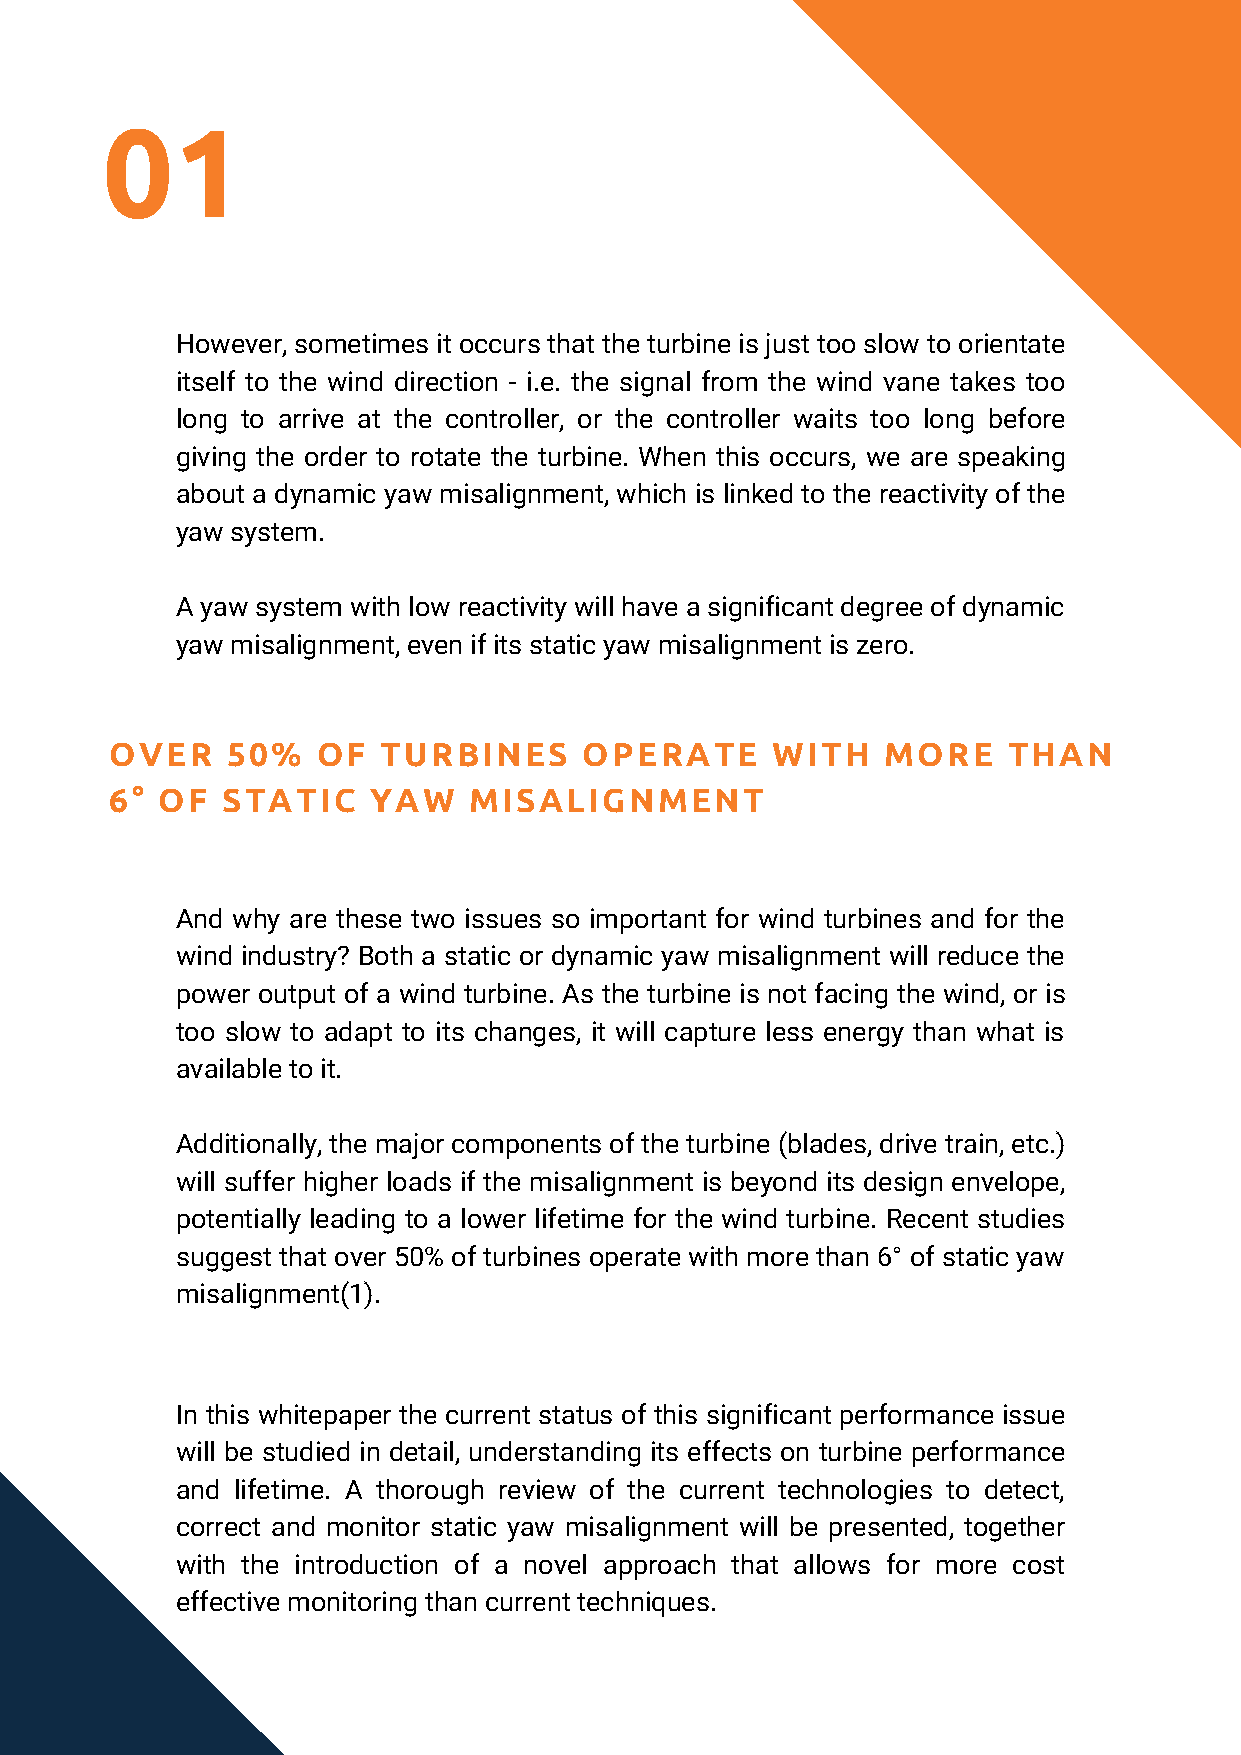
01
 However, sometimes it occurs that the turbine is just too slow to orientate
 itself to the wind direction - i.e. the signal from the wind vane takes too
 long to arrive at the controller, or the controller waits too long before
 giving the order to rotate the turbine. When this occurs, we are speaking
 about a dynamic yaw misalignment, which is linked to the reactivity of the
 yaw system.
 A yaw system with low reactivity will have a significant degree of dynamic
 yaw misalignment, even if its static yaw misalignment is zero.
 OVER    50%   OF  TURBINES      OPERATE     WITH    MORE    THAN
 6° OF   STATIC   YAW    MISALIGNMENT
 And why are these two issues so important for wind turbines and for the
 wind industry? Both a static or dynamic yaw misalignment will reduce the
 power output of a wind turbine. As the turbine is not facing the wind, or is
 too slow to adapt to its changes, it will capture less energy than what is
 available to it.
 Additionally, the major components of the turbine (blades, drive train, etc.)
 will suffer higher loads if the misalignment is beyond its design envelope,
 potentially leading to a lower lifetime for the wind turbine. Recent studies
 suggest that over 50% of turbines operate with more than 6° of static yaw
 misalignment(1).
 In this whitepaper the current status of this significant performance issue
 will be studied in detail, understanding its effects on turbine performance
 and lifetime. A thorough review of the current technologies to detect,
 correct and monitor static yaw misalignment will be presented, together
 with the introduction of a novel approach that allows for more cost
 effective monitoring than current techniques.